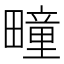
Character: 疃